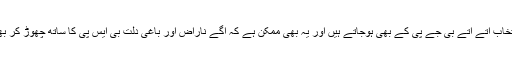
دلتوں کا معاملہ یہ کہ انتخاب آتے آتے بی جے پی کے بھی ہوجاتے ہیں اور یہ بھی ممکن ہے کہ آگے ناراض اور باغی دلت بی ایس پی کا ساتھ چھوڑ کر بھیم آرمی پر توجہ کریں ۔